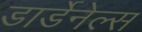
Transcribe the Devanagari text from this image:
डार्डेनेल्स